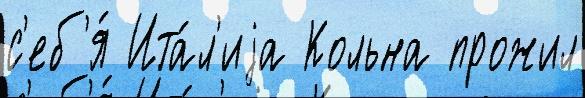
с'еб'я́ Ита́л'иjа Кольна прожил